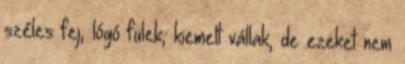
széles fej, lógó fülek, kiemelt vállak, de ezeket nem